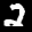
Label: 2